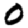
Digit: 0